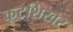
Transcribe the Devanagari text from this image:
कूटशिखर